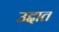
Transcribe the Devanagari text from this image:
उद्दात